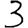
Digit: 3